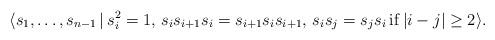
LaTeX: \begin{gather*}\langle s_{1},\ldots,s_{n-1} \,|\,s_{i}^2=1,\, s_{i}s_{i+1}s_{i}=s_{i+1}s_{i}s_{i+1},\, s_{i}s_{j}=s_{j}s_{i}\, {\rm if}\, |i-j| \ge 2 \rangle.\end{gather*}